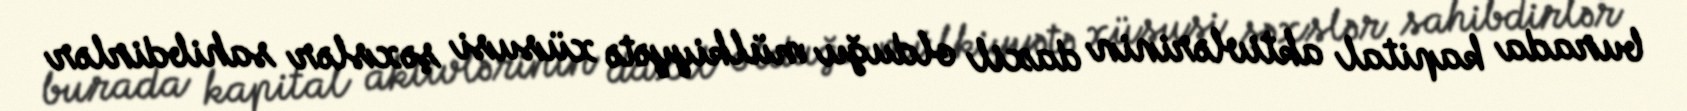
burada kapital aktivlərinin daxil olduğu mülkiyyətə xüsusi şəxslər sahibdirlər